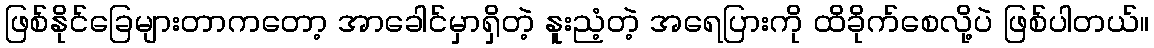
ဖြစ်နိုင်ခြေများတာကတော့ အာခေါင်မှာရှိတဲ့ နူးညံ့တဲ့ အရေပြားကို ထိခိုက်စေလို့ပဲ ဖြစ်ပါတယ်။